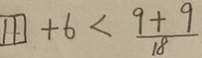
\boxed { 1 1 } + 6 < \frac { 9 + 9 } { 1 8 }